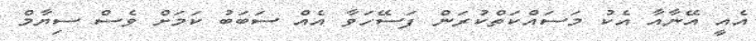
އެއީ އޭނާއާ އެކު މަސައްކަތްކުރަން ފަސޭހަވާ އެއް ސަބަބު ކަމަށް ވެސް ސިޔާމް